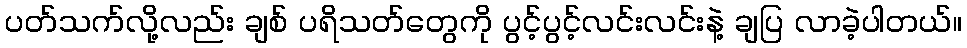
ပတ်သက်လို့လည်း ချစ် ပရိသတ်တွေကို ပွင့်ပွင့်လင်းလင်းနဲ့ ချပြ လာခဲ့ပါတယ်။